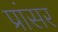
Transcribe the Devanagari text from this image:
प्रांसर